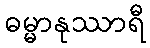
ဓမ္မာနုဿာရီ